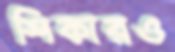
শিকারও